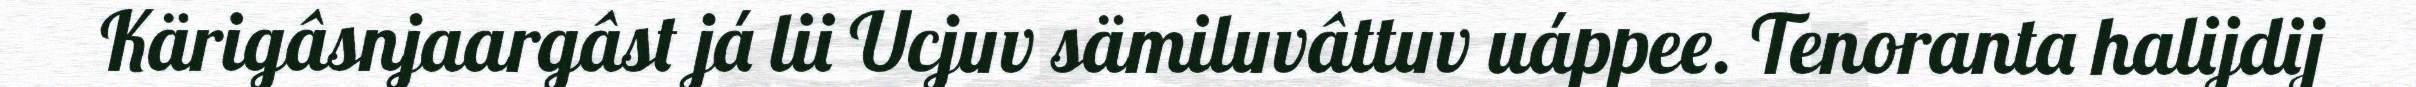
Kärigâsnjaargâst já lii Ucjuv sämiluvâttuv uáppee. Tenoranta halijdij